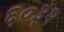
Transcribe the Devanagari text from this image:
६०३२